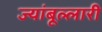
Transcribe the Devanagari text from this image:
ज्यांबूल्लारी